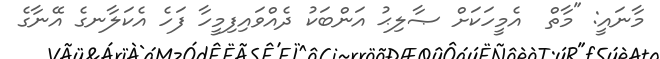
މާނައީ: "މާތް  އެމީހަކަށް ޞާލިޙު އަންބަކު ދެއްވައިފިމީހާ ފަހެ އެކަލާނގެ އޭނާގެ